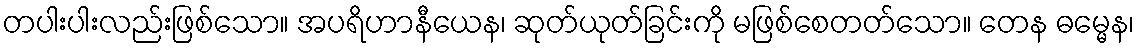
တပါးပါးလည်းဖြစ်သော။ အပရိဟာနီယေန၊ ဆုတ်ယုတ်ခြင်းကို မဖြစ်စေတတ်သော။ တေန ဓမ္မေန၊